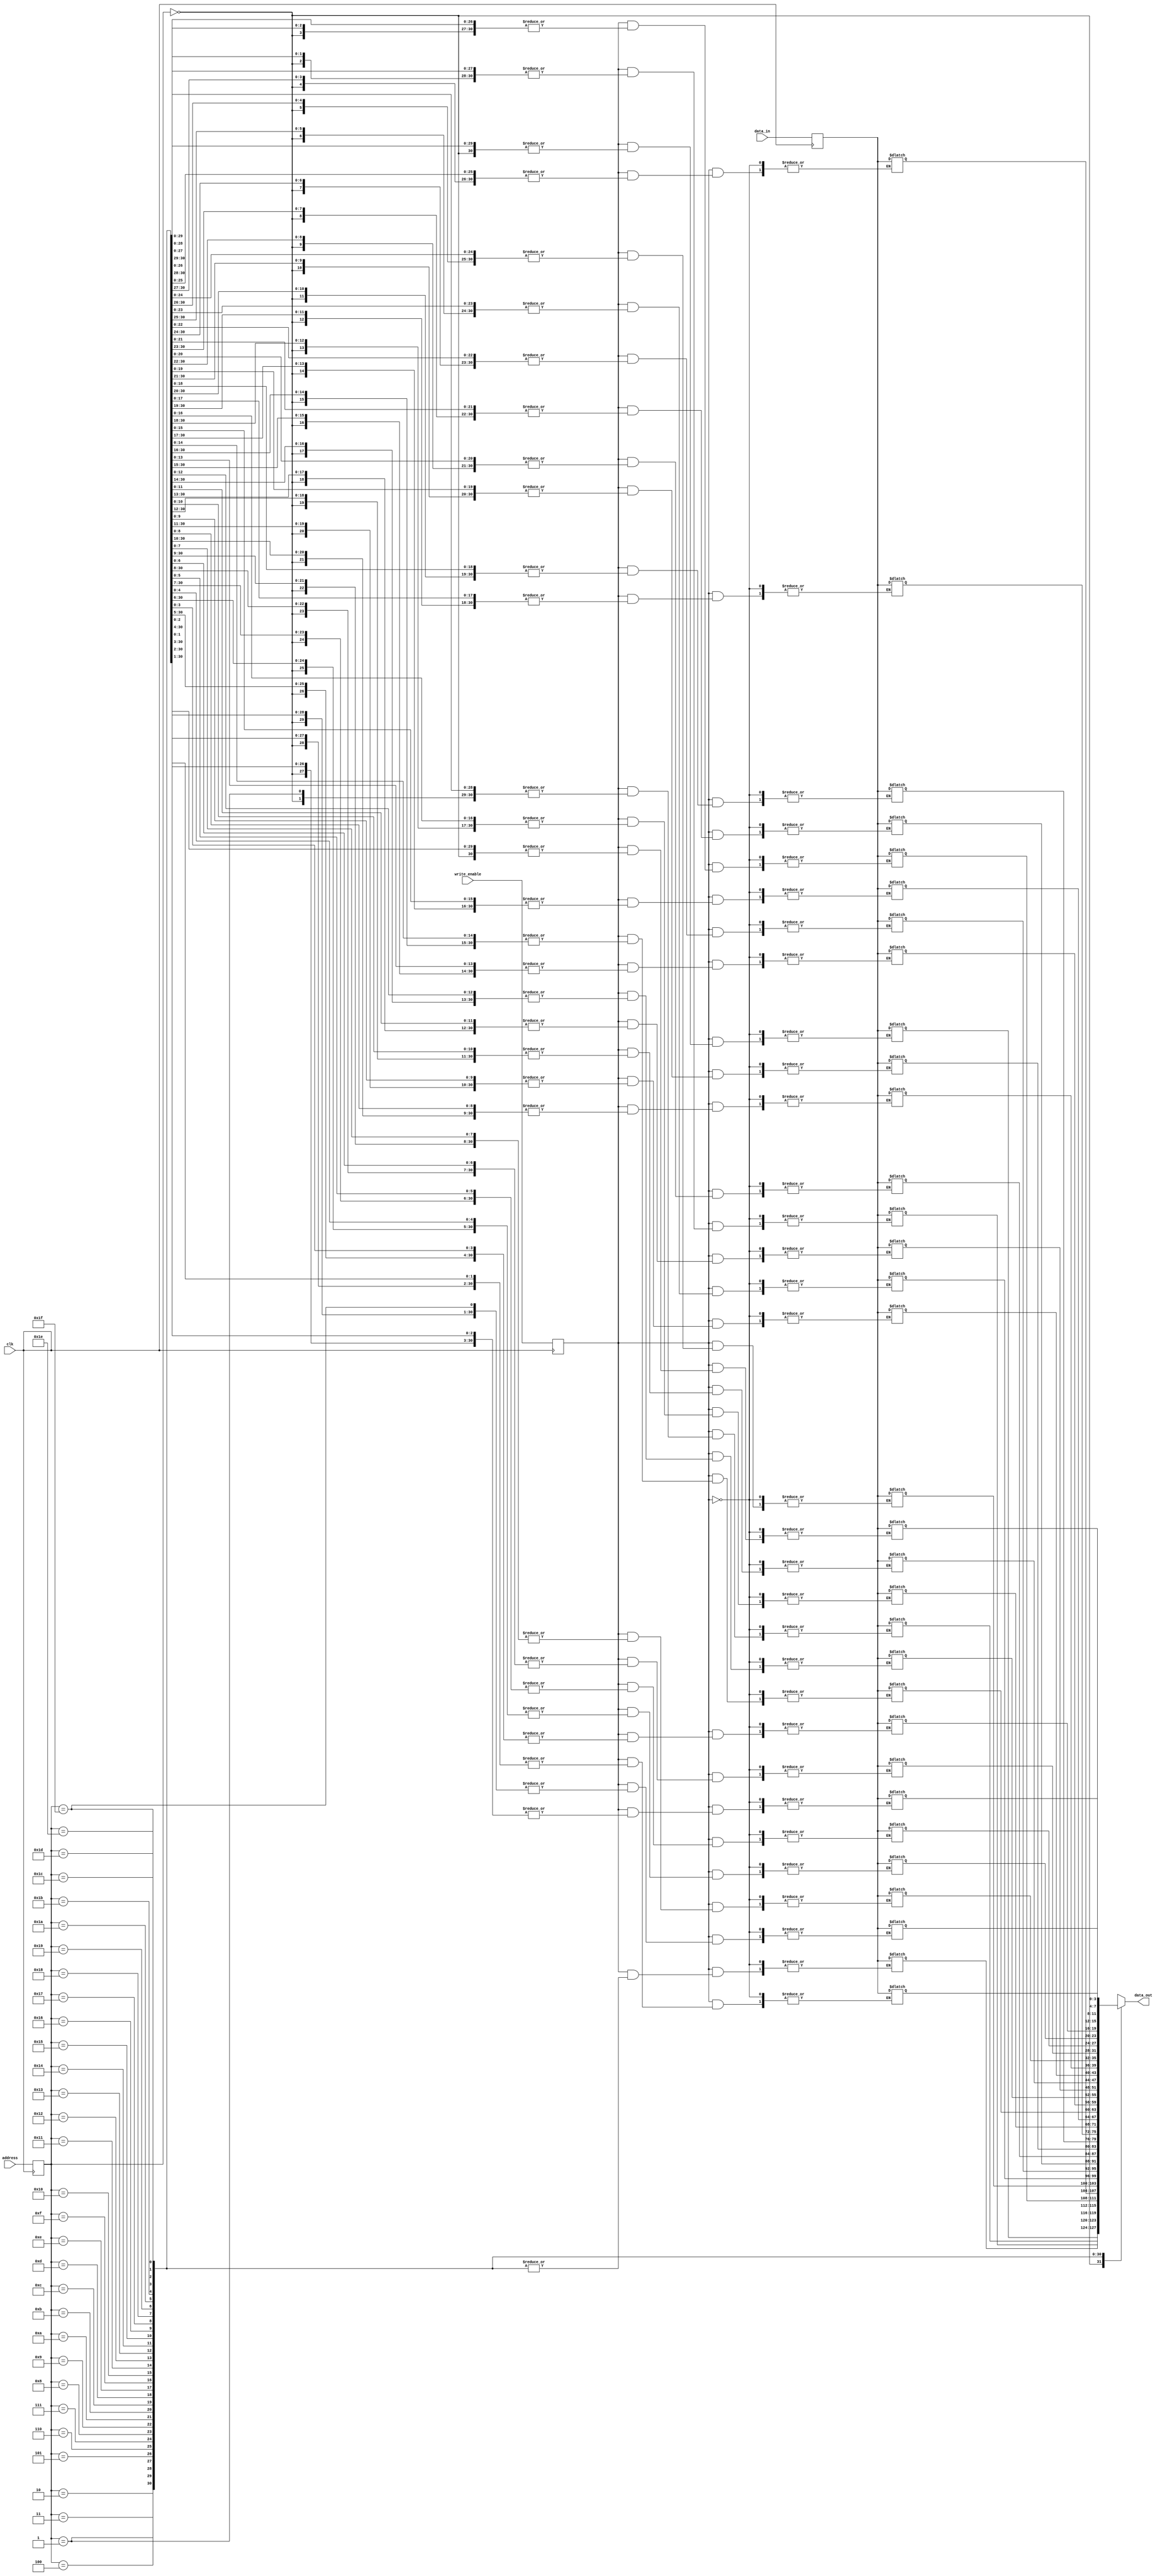
module my_ram_32x4_code(
	input [4:0] address,
	input clk,
	input [3:0] data_in,
	input write_enable,
	output [3:0] data_out);
	
	reg [3:0] memory_array[31:0];
	reg [4:0] reg_address;
	reg [3:0] reg_data_in;
	reg reg_write;
	
	always @(posedge clk)
		begin
			reg_address <= address;
			reg_data_in <= data_in;
			reg_write <= write_enable;
		end
	always @(*)
		if (reg_write) memory_array[reg_address] = reg_data_in;
			assign data_out = memory_array[reg_address];
endmodule